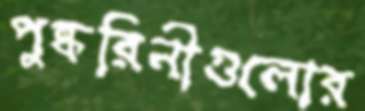
পুষ্করিনীগুলোর